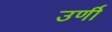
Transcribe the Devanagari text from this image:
उर्णी